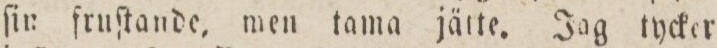
ſin fruſtande, men tama järte. Jag tycker